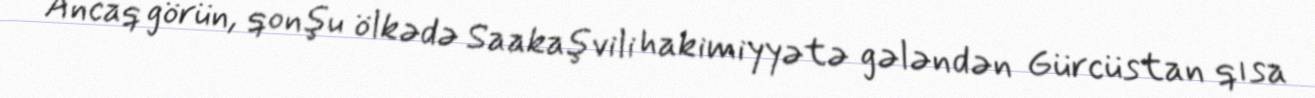
Ancaq görün, qonşu ölkədə Saakaşvili hakimiyyətə gələndən Gürcüstan qısa